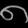
Digit: ၈